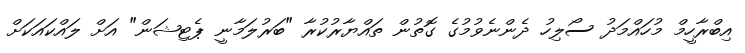
އިބްރާހީމް މުހައްމަދު ސޯލިހު ދެންނެވުމުގެ ގޮތުން ތައްޔާރުކުރާ "ބަރުލަމާނީ ޕެޓިޝަން" އަށް ލައްކައަކަށް